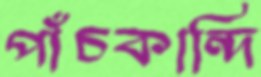
পাঁচকান্দি